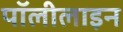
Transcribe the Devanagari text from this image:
पॉलीलाइन